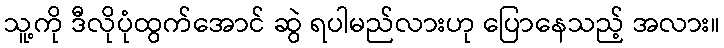
သူ့ကို ဒီလိုပုံထွက်အောင် ဆွဲ ရပါမည်လားဟု ပြောနေသည့် အလား။